Leaving Certificate Examination (including Day School Certificate (Higher) General paper), 1932
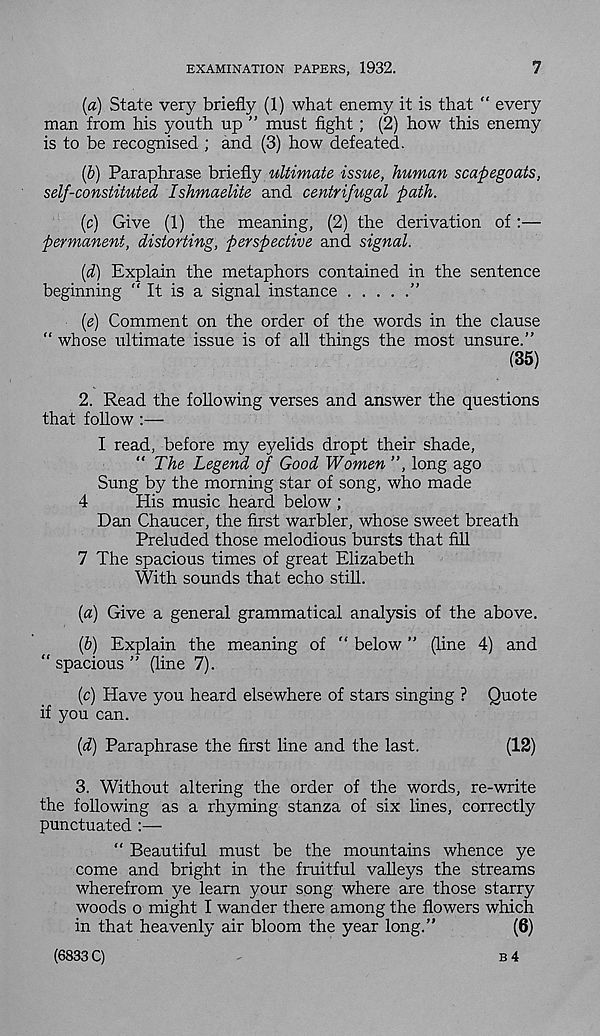
EXAMINATION PAPERS, 1932.
7
(«) State very briefly (1) what enemy it is that “ every
man from his youth up ” must fight ; (2) how this enemy
is to be recognised ; and (3) how defeated.
(b) Paraphrase briefly ultimate issue, human scapegoats,
self-constituted Ishmaelite and centrifugal path.
(c) Give (1) the meaning, (2) the derivation of:—
permanent, distorting, perspective and signal.
(d) Explain the metaphors contained in the sentence
beginning " It is a signal instance
”
(e) Comment on the order of the words in the clause
“ whose ultimate issue is of all things the most unsure.”
(35)
2. Read the following verses and answer the questions
that follow :—
I read, before my eyelids dr opt their shade,
“ The Legend of Good Women ”, long ago
Sung by the morning star of song, who made
4
His music heard below ;
Dan Chaucer, the first warbler, whose sweet breath
Preluded those melodious bursts that fill
7 The spacious times of great Elizabeth
With sounds that echo still.
(a) Give a general grammatical analysis of the above.
(b) Explain the meaning of “ below ” (line 4) and
“ spacious ” (line 7).
(c) Have you heard elsewhere of stars singing ? Quote
if you can.
(d) Paraphrase the first line and the last.
(12)
3. Without altering the order of the words, re-write
the following as a rhyming stanza of six lines, correctly
punctuated :—
“ Beautiful must be the mountains whence ye
come and bright in the fruitful valleys the streams
wherefrom ye learn your song where are those starry
woods o might I wander there among the flowers which
in that heavenly air bloom the year long.”
(6)
(6833 C)
B 4